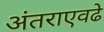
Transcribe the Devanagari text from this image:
अंतराएवढे